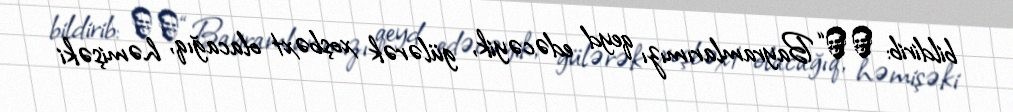
bildirib: ​​“Bayramlarımızı qeyd edəcəyik, gülərək xoşbəxt olacağıq, həmişəki